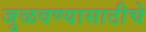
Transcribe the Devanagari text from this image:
जुळवण्यासाठीचे